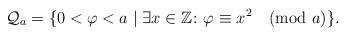
LaTeX: \begin{align*}\mathcal{Q}_a=\{0<\varphi<a \mid \exists x \in \mathbb{Z} \colon \varphi\equiv x^2\pmod a \}.\end{align*}